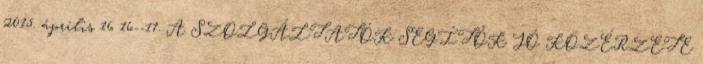
2015. április 16 16--17. A SZOLGÁLTATÓK SEGÍTŐK JÓ KÖZÉRZETE